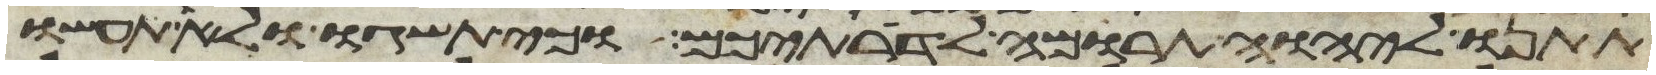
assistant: תתנו ליהוה תרומה לדרתיכם וכי תשגו ולא תעשו